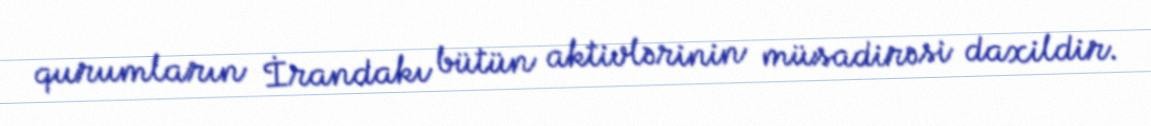
qurumların İrandakı bütün aktivlərinin müsadirəsi daxildir.